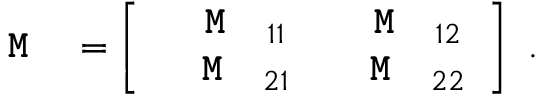
\texttt { \textbf { M } } = \left[ \begin{array} { c c } { \texttt { \textbf { M } } _ { 1 1 } } & { \texttt { \textbf { M } } _ { 1 2 } } \\ { \texttt { \textbf { M } } _ { 2 1 } } & { \texttt { \textbf { M } } _ { 2 2 } } \end{array} \right] \, \, .